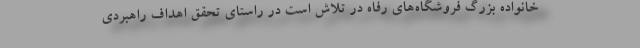
خانواده بزرگ فروشگاه‌های رفاه در تلاش است در راستای تحقق اهداف راهبردی